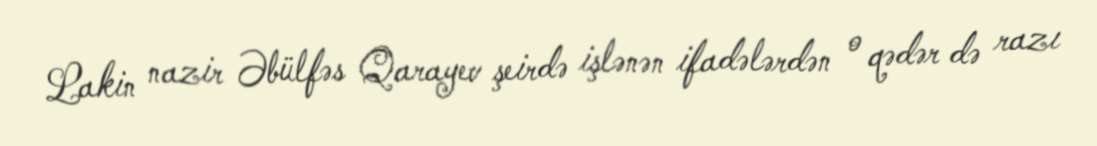
Lakin nazir Əbülfəs Qarayev şeirdə işlənən ifadələrdən o qədər də razı